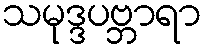
သမုဒ္ဒပဗ္ဘာရာ